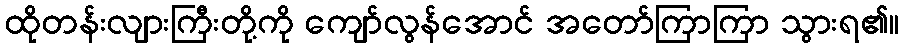
ထိုတန်းလျားကြီးတို့ကို ကျော်လွန်အောင် အတော်ကြာကြာ သွားရ၏။